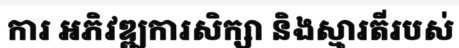
ការ អភិវឌ្ឍការសិក្សា និងស្មារតីរបស់